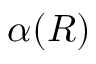
\alpha ( R )